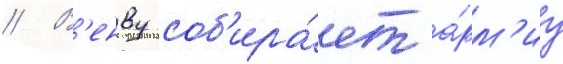
// В'енву соб'ира́ет а́рм'иу